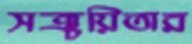
সঞ্চয়িতার